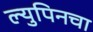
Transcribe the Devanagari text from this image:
ल्युपिनचा